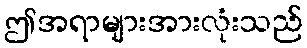
ဤအရာများအားလုံးသည်